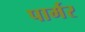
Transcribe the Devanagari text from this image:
पार्मर